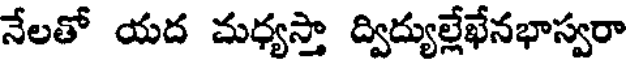
నేలతో యద మధ్యస్తా ద్విద్యుల్లేఖేనభాస్వరా